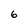
Character: 6